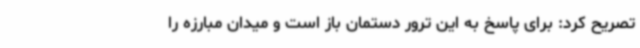
تصریح کرد: برای پاسخ به این ترور دستمان باز است و میدان مبارزه را